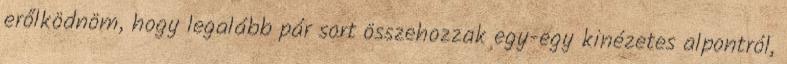
erőlködnöm, hogy legalább pár sort összehozzak egy-egy kinézetes alpontról,